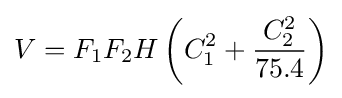
V=F_{1}F_{2}H\left(C_{1}^{2}+{\frac {C_{2}^{2}}{75.4}}\right)